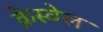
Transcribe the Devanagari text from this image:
क्रेस्वेल